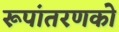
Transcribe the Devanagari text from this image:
रूपांतरणको